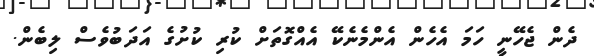
ދެން ޖެހޭނީ ހަމަ އެހެން އެންމެނެކޭ އެއްގޮތަށް ކުރި ކުށުގެ އަދަބުވެސް ލިބެން.